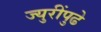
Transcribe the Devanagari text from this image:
ज्युरींपुढे